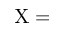
\mathrm { X = }